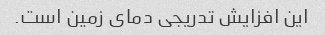
این افزایش تدریجی دمای زمین است.